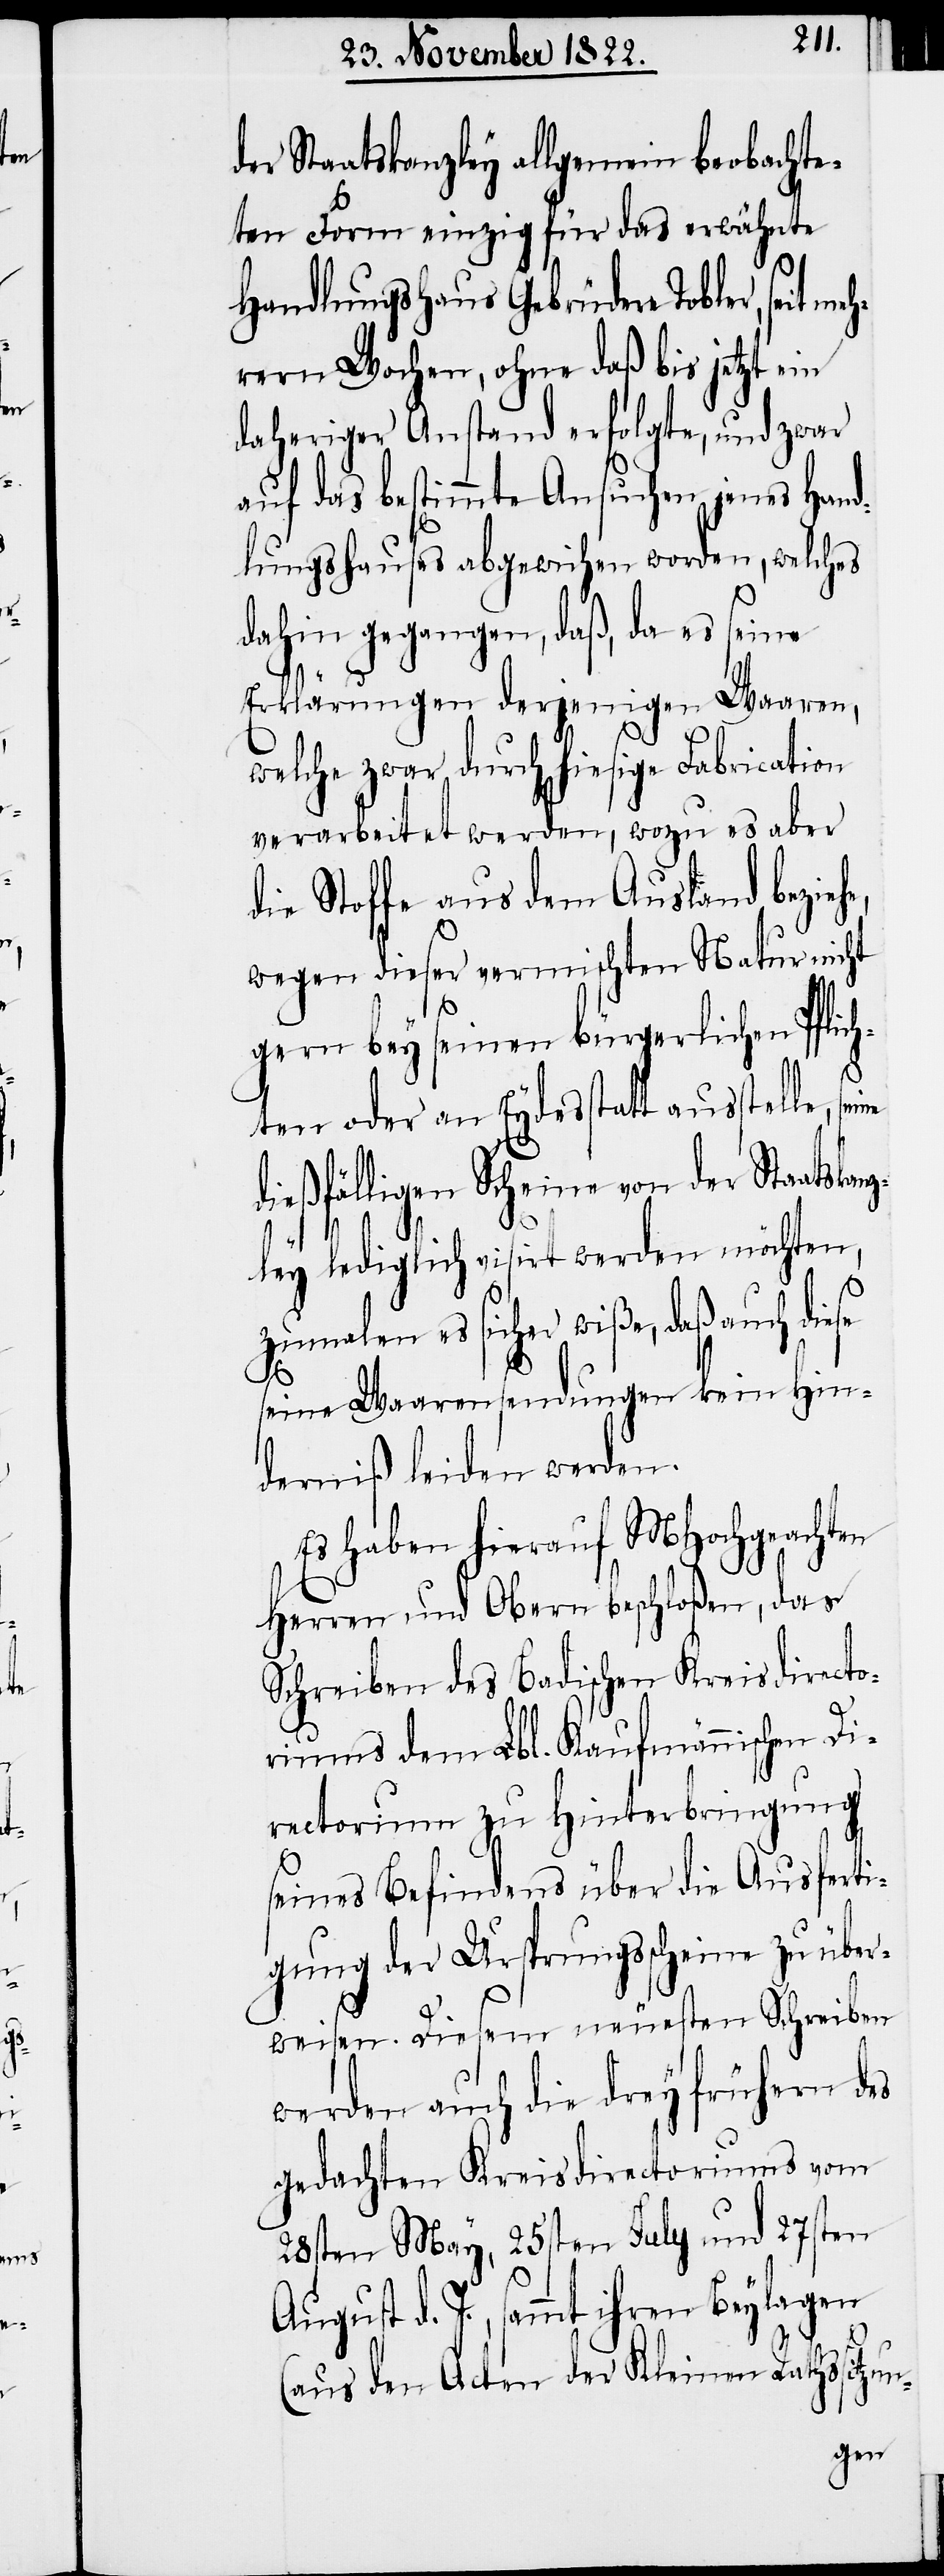
n-

der Staatskanzley allgemein beobachte¬
ten Form einzig für das erwähnte
Handlungshaus Gebrüdere Tobler, seit
hrern Wochen, ohne daß bis jetzt ein
daheriger Anstand erfolgte, und zwar
auf das bestimmte Ansuchen jenes Han¬
dlungshauses abgewichen worden, welches
dahin gegangen, daß, da es seine
Erklärungen derjenigen Waaren,
welche zwar durch hiesige Fabrication
verarbeitet werden, wozu es aber
die Stoffe aus dem Ausland bezieh¬
wegen dieser vermischten Natur nicht
gern bey seinen bürgerlichen Pflic¬
hten oder an Eydesstatt ausstelle, se¬
dießfälligen Scheine von der Staatskanz¬
e,
ley lediglich visirt werden möchten,
zumalen es sicher wiße, daß auch diese
seine Waarensendungen kein Hin¬
derniß leiden werden.
Es haben hierauf MHochgeachten
Herren und Obern beschloßen, das
Schreiben des Badischen Kreisdirecto¬
riums dem Lbl. Kaufmännischen Di¬
rectorium zu Hinterbringung
seines Befindens über die Ausferti¬
gung der Ursprungsscheine zu über¬
weisen. Diesem neuesten Schreiben
werden auch die drey frühern des
gedachten Kreisdirectoriums vom
28sten May, 25sten July und 27sten
gust d. J., sammt ihren Beylagen
(aus den Acten der Kleinen Rathssitzu¬